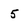
Character: 5